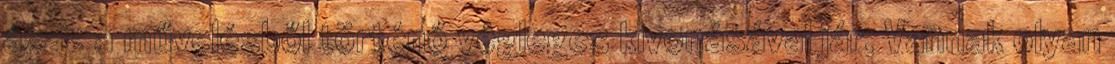
azaz a művelésből történő végleges kivonásával jár. Vannak olyan